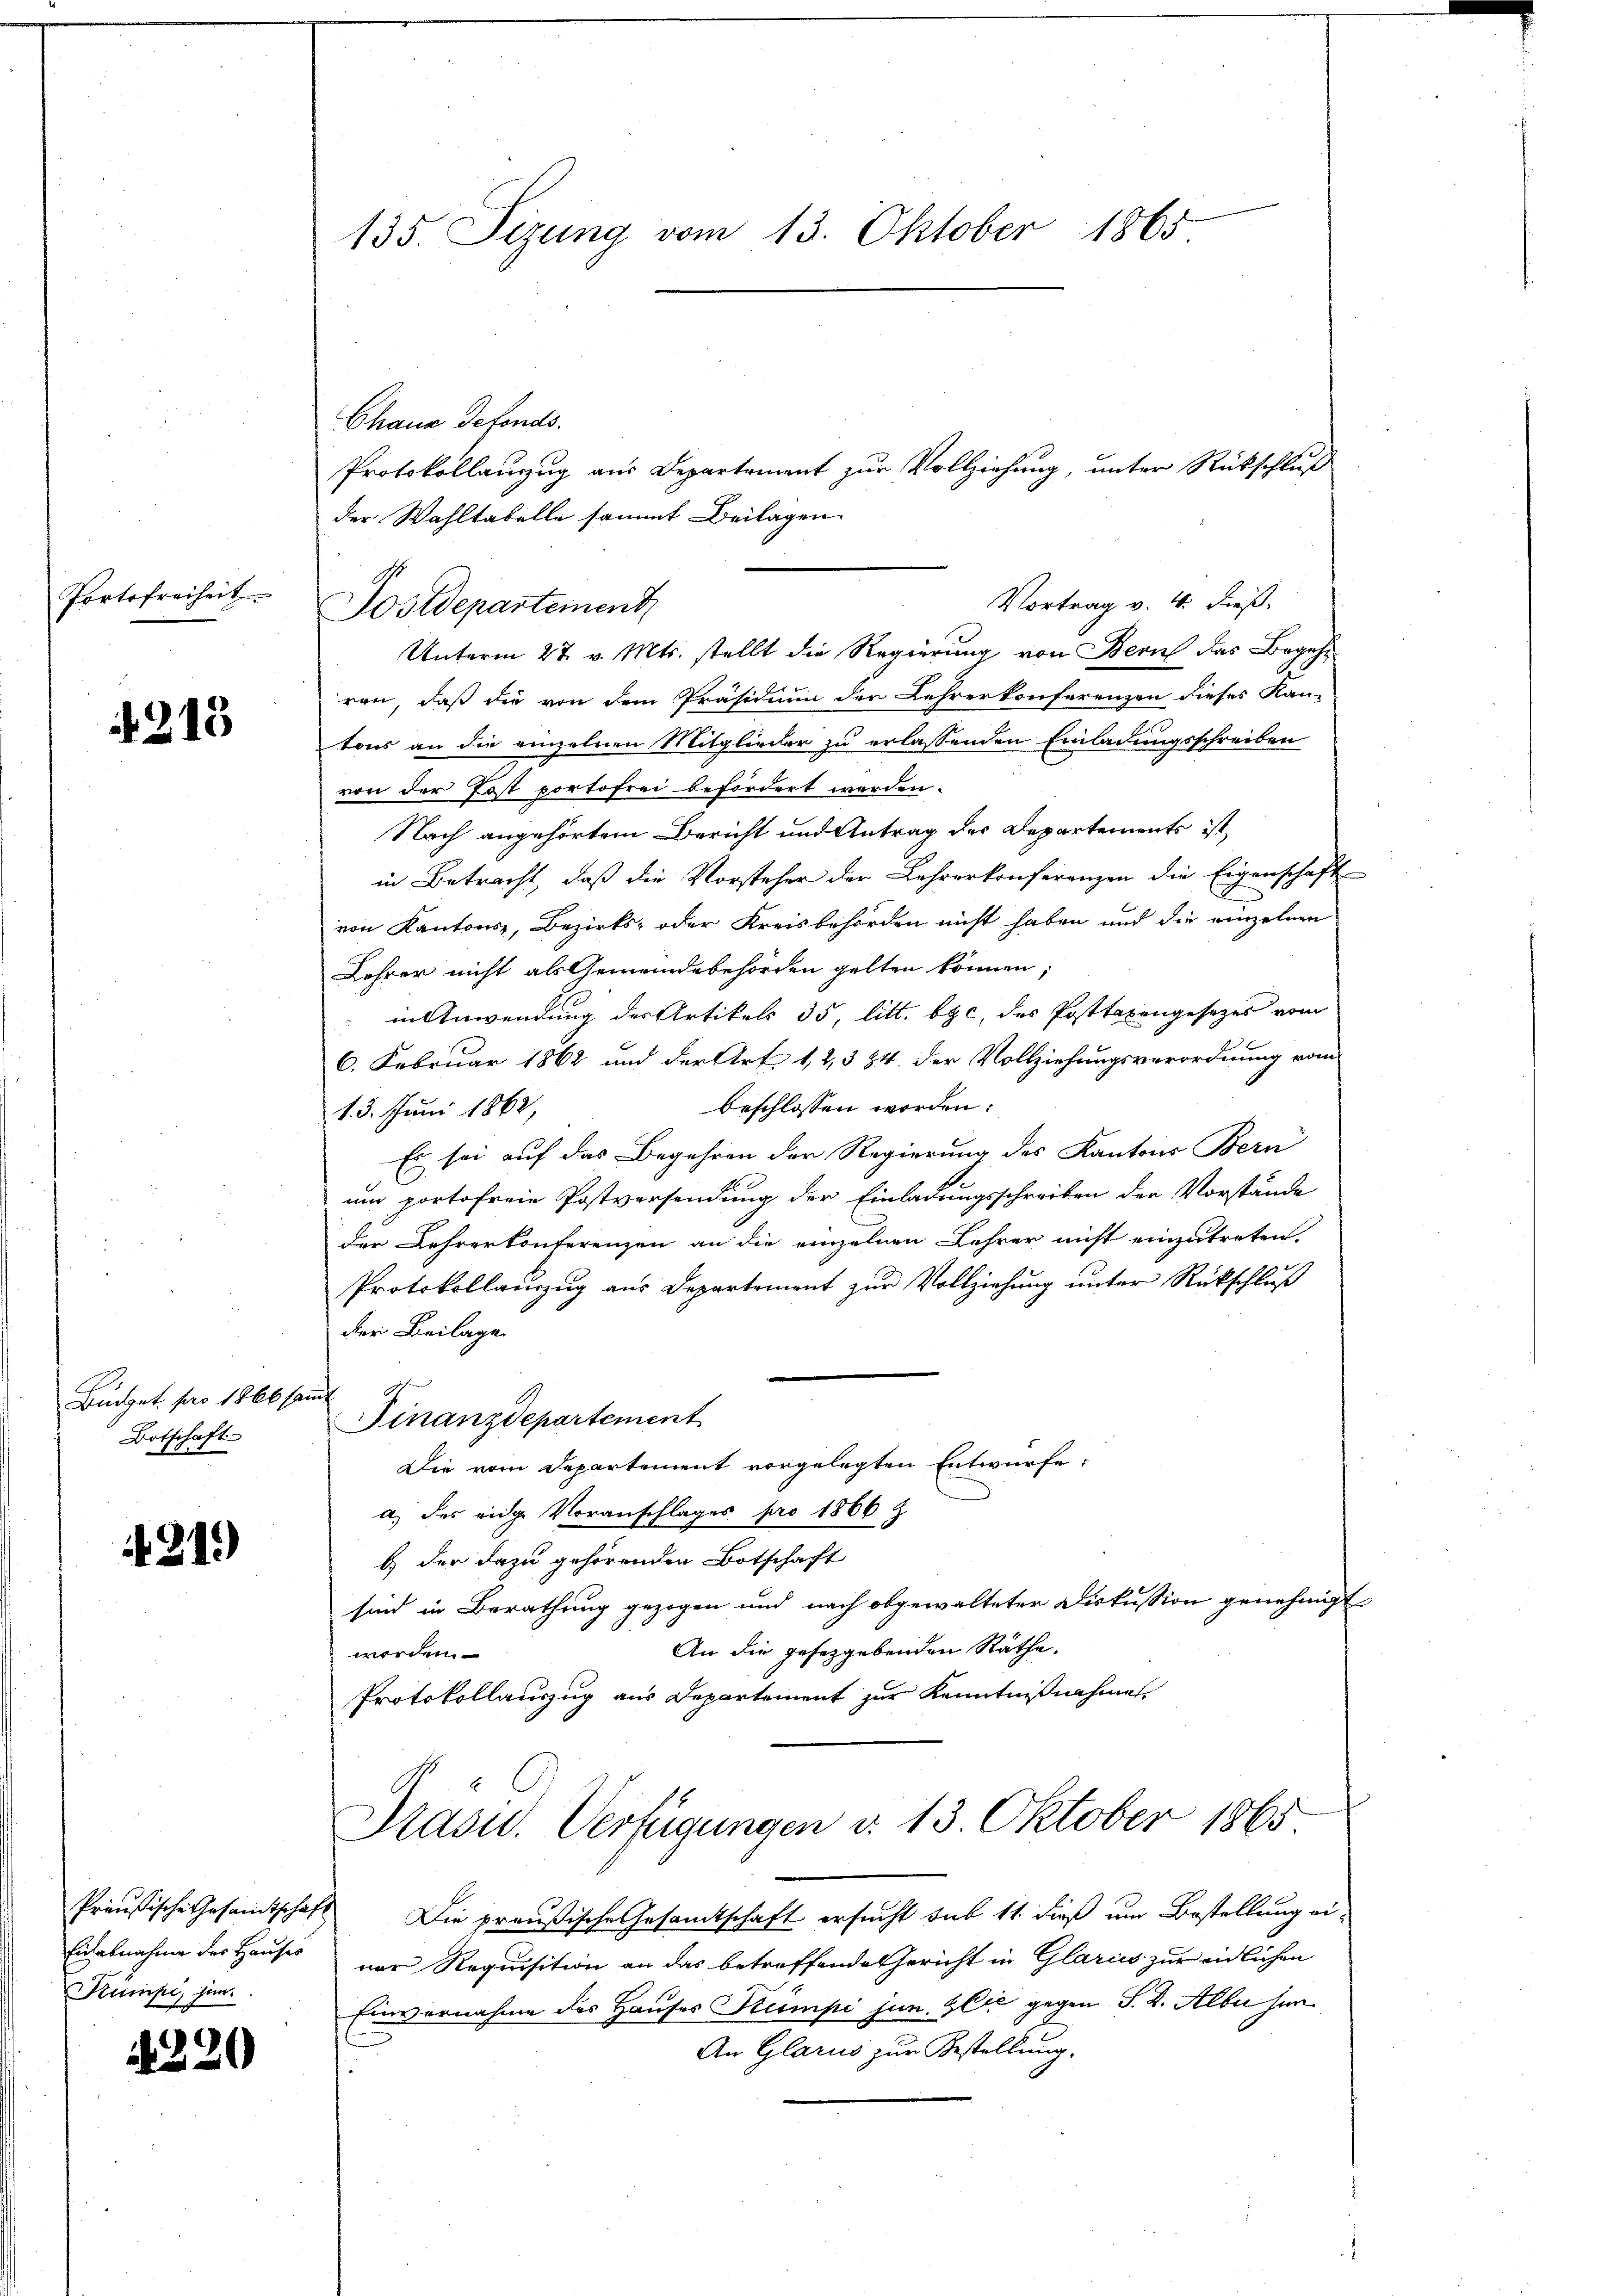
Portofreiheit

4315

Büdget pro 1866 samt
Botschaft

21.)

Kumpe, hin.

2220

Chana defonds.
Protokollanzug aus Departement zur Vollziehung, unter Rückschluß
der Wahltabelle sammt Beilagen
Vortrag v. 4. dieß.
Postdepartement
Unterm 27. v. Mts. stellt die Regierung von Bern das Begehr
ren, daß die von dem Präsidium der Lehrerkonferenzen dieses Kan-
tons an die einzelnen Mitglieder zu erlassenden Einladungsschreiben
von der Post portofrei befördert werden.
Nach angehörtem Bericht und Antrag des Departements ist,
in Betracht, daß die Vorsteher der Lehrerkonferenzen die Eigenschaft
von Kantons-, Bezirks- oder Kreisbehörden nicht haben und die einzelnen
Lehrer nicht als Gemeindebehörden gelten können;
in Anwendung des Artikels 35 litt. bei, des Posttaxengesetzes vom
6. Februar 1862 und der Art 12, 384. der Vollziehungsverordnung vom
beschlossen worden:
13. Juni 1862,
Es sei auf das Begehren der Regierung des Kantons Bern
um portofreie Postversendung der Einladungsschreiben der Vorstände
der Lehrerkonterenzen an die einzelnen Lehrer nicht einzutreten.
Protokollauszug aus Departement zŭr Vollziehŭng ŭnter Rückschluß
der Beilage
Finanzdepartement
Die vom Departement vorgelegten Entwürfe:
a) des eidge Voranschlages pro 1866 z
b) der dazu gehörenden Botschaft
sind in Berathung gezogen und nach obgewalteter Diskussion genehmigt
An die gesetzgebenden Räthe.
worden.
Protokollauszug aus Departement zur Kenntnißnahme
Präsid. Verfügungen d. 13. Oktober 1865
Preußische Gesamtschaft Die preußische Gesamtschaft ersucht sub 11. dieß um Bestellung ei¬
Einabnahme des Hauses vor Requisition an das betreffende Gericht in Glarus zur eidlichen
Einvernahme des Hauses Keimpi jun. & Cie gegen S. B. Alber hin¬
An Glarus zur Bestellung.

135. Sizung vom 13. Oktober 1865